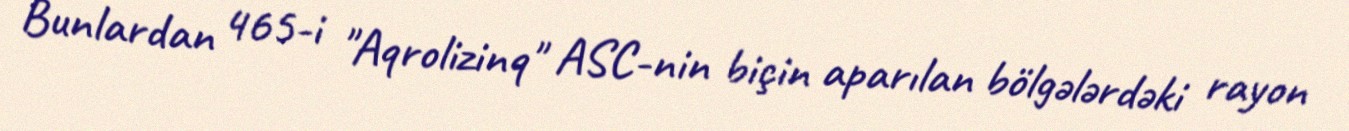
Bunlardan 465-i "Aqrolizinq" ASC-nin biçin aparılan bölgələrdəki rayon